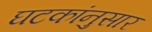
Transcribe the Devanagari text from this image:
घटकांनुसार